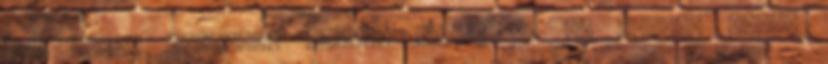
Bár tény, hamarabb mentem volna el az erdőig enni,